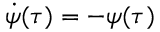
\dot { \psi } ( \tau ) = - { \psi } ( \tau )